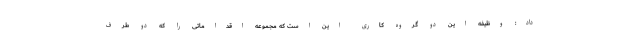
داد: وظیفه این دو گروه کاری این است که مجموعه اقداماتی را که دو طرف